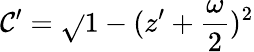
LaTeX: \mathcal{C}^{\prime}=\sqrt{}{{1-(z^{\prime}+\frac{{\omega}}{{2}})^{2}}}